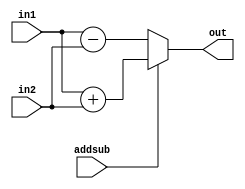
module ALU (out, in1, in2, addsub);
  input [15:0] in1, in2;
  input addsub;
  output reg [15:0] out;
  
  always @ (*)
    begin
      if (addsub == 0) out = in1 - in2;
      else out = in1 + in2;
    end
endmodule